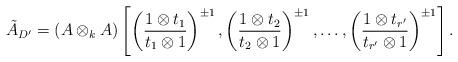
LaTeX: \begin{align*}\tilde{A}_{D'}= (A\otimes_{k}A)\left[\left(\frac{1\otimes t_{1}}{t_{1}\otimes 1}\right)^{\pm 1}, \left(\frac{1\otimes t_{2}}{t_{2}\otimes 1}\right)^{\pm 1}, \ldots,\left(\frac{1\otimes t_{r'}}{t_{r'}\otimes 1}\right)^{\pm 1}\right]. \end{align*}